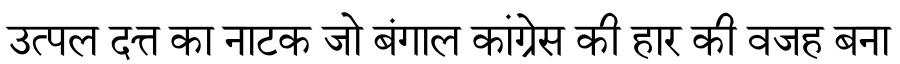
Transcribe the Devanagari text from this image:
उत्पल दत्त का नाटक जो बंगाल कांग्रेस की हार की वजह बना